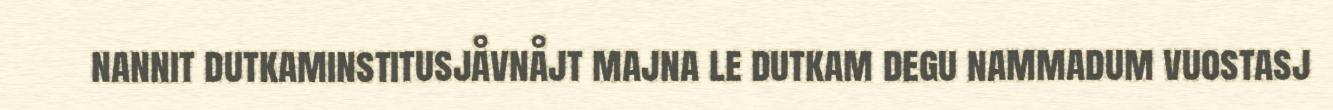
nannit dutkaminstitusjåvnåjt majna le dutkam degu nammadum vuostasj